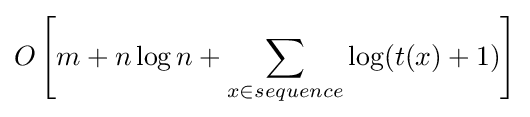
O\left[m+n\log n+\sum _{x\in sequence}\log(t(x)+1)\right]